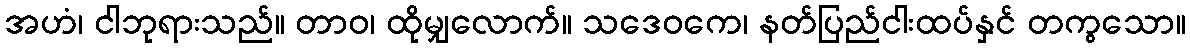
အဟံ၊ ငါဘုရားသည်။ တာဝ၊ ထိုမျှလောက်။ သဒေဝကေ၊ နတ်ပြည်ငါးထပ်နှင် တကွသော။